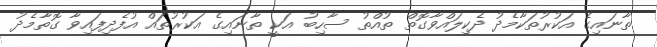
ތާނައިގެ އަކުރުތަކާމެދު ދެކިލައްވާގޮތް ތުއްތު ސާހިބު އަކީ ތާނައިގެ އަކުރުތައް އުފެދިފައިވާ ގޮތާމެދު